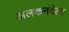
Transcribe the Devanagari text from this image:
अलकनंदेला